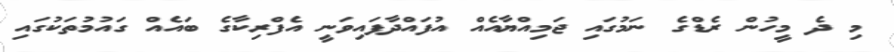
މި ދެ މީހުން ރެޑްގެ ނަމުގައި ޖަމިއްޔާއެއް އުފައްދާފައިވަނީ އެފްރިކާގެ ބައެއް ގައުމުތަކުގައި